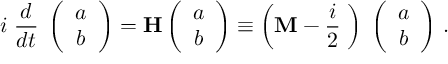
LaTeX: i \; \frac { d } { d t } \; \left( \begin{array} { c } { { a } } \\ { { b } } \end{array} \right) = { \bf H } \left( \begin{array} { c } { { a } } \\ { { b } } \end{array} \right) \equiv \left( { \bf M } - \frac { i } { 2 } { \bf \Gamma } \right) \; \left( \begin{array} { c } { { a } } \\ { { b } } \end{array} \right) \, .